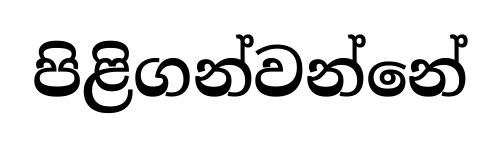
පිළිගන්වන්නේ